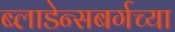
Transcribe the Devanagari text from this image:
ब्लाडेन्सबर्गच्या